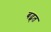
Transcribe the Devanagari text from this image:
बढ़्त